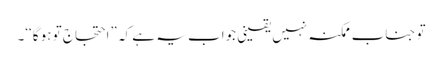
تو جناب ممکنہ نہیں یقینی جواب یہ ہے کہ ”احتجاج تو ہو گا‘‘۔